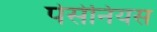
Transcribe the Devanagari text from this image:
पेसेनियस